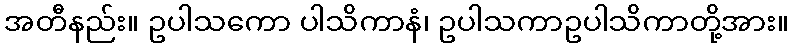
အတီနည်း။ ဥပါသကော ပါသိကာနံ၊ ဥပါသကာဥပါသိကာတို့အား။